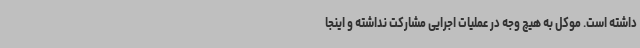
داشته است. موکل به هیچ وجه در عملیات اجرایی مشارکت نداشته و اینجا